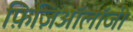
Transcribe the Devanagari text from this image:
फ़िज़िऑलॉजी